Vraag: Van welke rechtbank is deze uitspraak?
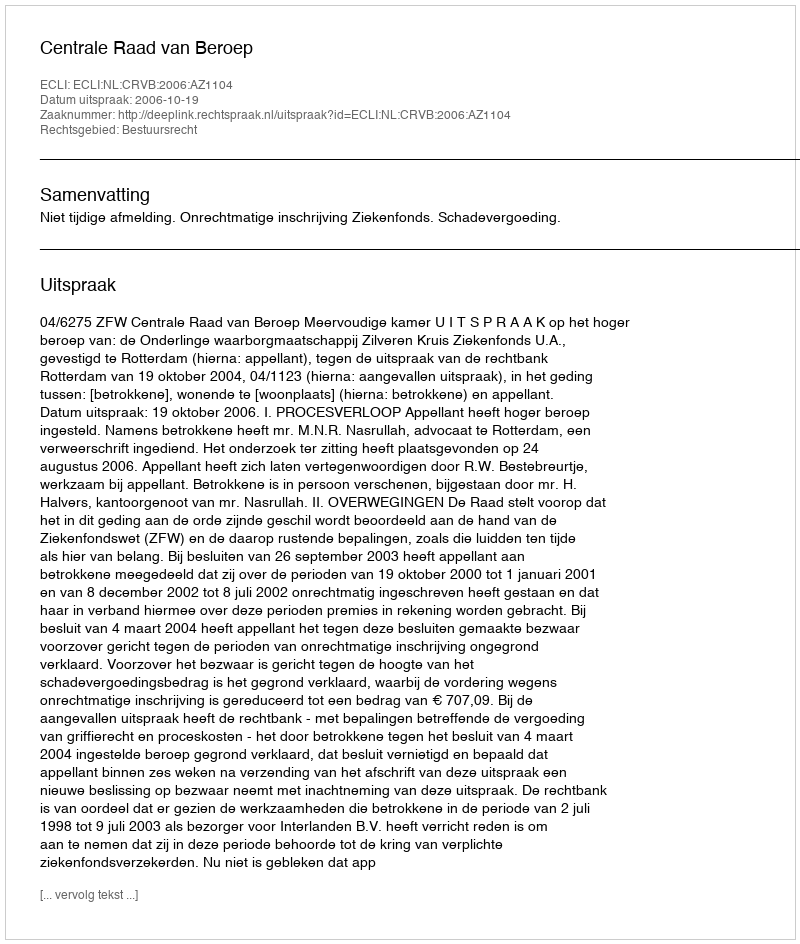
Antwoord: Centrale Raad van Beroep